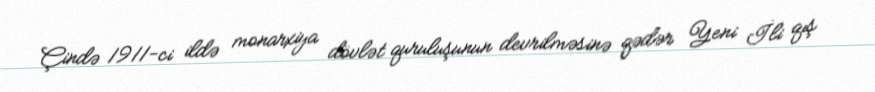
Çində 1911-ci ildə monarxiya dövlət quruluşunun devrilməsinə qədər Yeni İli qış